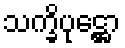
သက္ခိပုဋ္ဌော